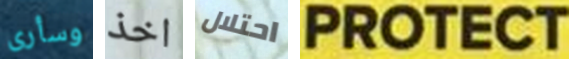
وسأرى اخذ احتلال PROTECT